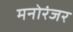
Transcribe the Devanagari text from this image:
मनोरंजर